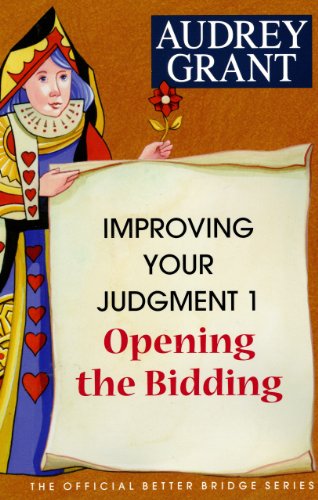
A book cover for Opening the Bidding (Official Better Bridge); Audrey Grant; Humor & Entertainment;